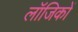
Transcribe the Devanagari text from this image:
लॉजिकों